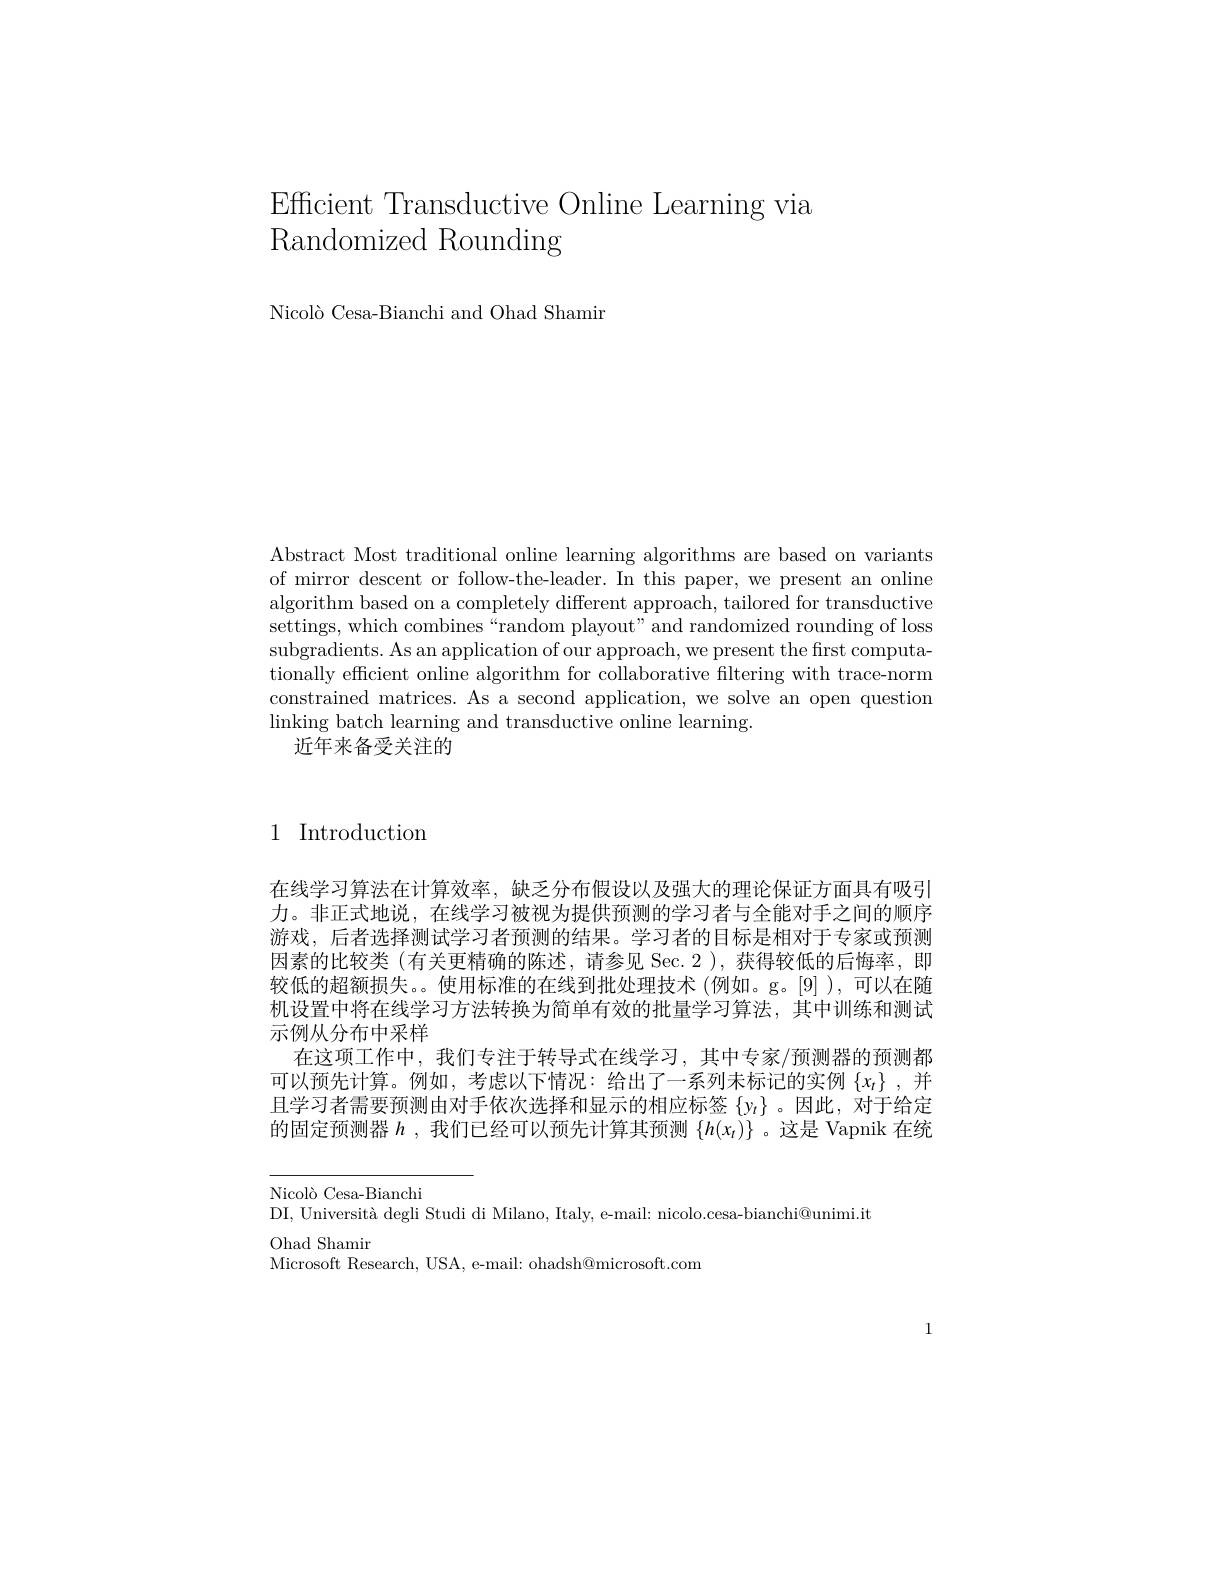
Efficient Transductive Online Learning via
Randomized Rounding

Nicolò Cesa-Bianchi and Ohad Shamir

Abstract Most traditional online learning algorithms are based on variants of mirror descent or follow-the-leader. In this paper, we present an online algorithm based on a completely different approach, tailored for transductive settings, which combines“random playout" and randomized rounding of loss subgradients. As an application of our approach, we present the first computationally efficient online algorithm for collaborative filtering with trace-norm constrained matrices. As a second application, we solve an open question linking batch learning and transductive online learning.
近年来备受关注的

1 Introduction

在线学习算法在计算效率，缺乏分布假设以及强大的理论保证方面具有吸引力。非正式地说，在线学习被视为提供预测的学习者与全能对手之间的顺序游戏，后者选择测试学习者预测的结果。学习者的目标是相对于专家或预测因素的比较类(有关更精确的陈述，请参见 Sec.2 ),获得较低的后悔率，即较低的超额损失。使用标准的在线到批处理技术 (例如。g。[9] ),可以在随机设置中将在线学习方法转换为简单有效的批量学习算法，其中训练和测试示例从分布中采样
在这项工作中，我们专注于转导式在线学习，其中专家/预测器的预测都可以预先计算。例如，考虑以下情况：给出了一系列未标记的实例$\{x_t\}$ ,并且学习者需要预测由对手依次选择和显示的相应标签$\{y_t\}$ 。因此，对于给定的固定预测器$h$ ,我们已经可以预先计算其预测$\{h(x_t)\}$ 。这是 Vapnik 在统

Nicolò Cesa-Bianchi
DI, Università degli Studi di Milano, Italy, e-mail: nicolo.cesa-bianchi@unimi.it
Ohad Shamir
Microsoft Research, USA, e-mail: ohadsh@microsoft.com

1